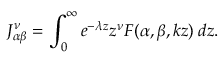
J _ { \alpha \beta } ^ { \nu } = \int _ { 0 } ^ { \infty } e ^ { - \lambda z } z ^ { \nu } F ( \alpha , \beta , k z ) \: d z .